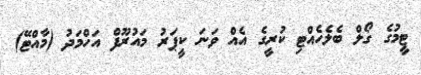
ޓީމުގެ ގޯލް ބެލެހެއްޓި ކުރީގެ އެއް ވަނަ ކީޕަރު މައުރޫފް އަހްމަދު (މާއްޓޭ)